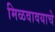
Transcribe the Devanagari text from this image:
मिळवावयाचे